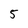
Character: 5